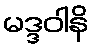
မဒ္ဒဝါနိ